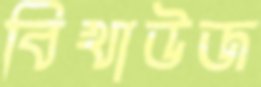
বিখাউজ